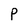
Character: P